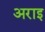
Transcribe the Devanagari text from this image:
अराइ